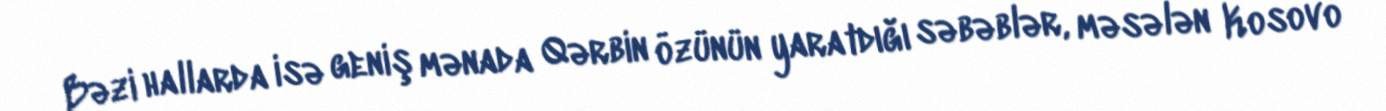
Bəzi hallarda isə geniş mənada Qərbin özünün yaratdığı səbəblər, məsələn Kosovo